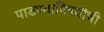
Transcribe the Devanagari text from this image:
पाडण्याविषयीची